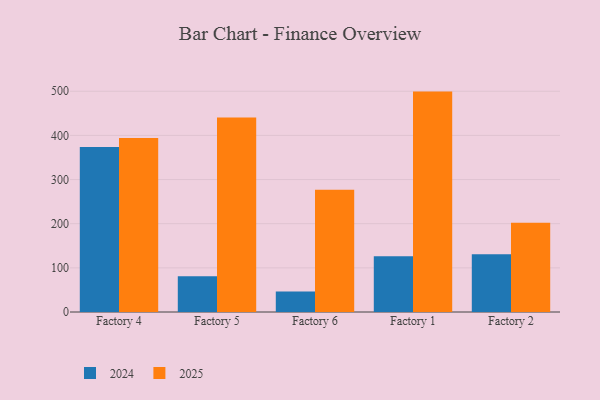
{"axis": {"x": "Factory", "y": "Revenue (USD Million)"}, "legend": ["2024", "2025"], "data": [{"x": "Factory 4", "y": 394.3, "type": "2025"}, {"x": "Factory 4", "y": 373.5, "type": "2024"}, {"x": "Factory 5", "y": 440.4, "type": "2025"}, {"x": "Factory 5", "y": 81.1, "type": "2024"}, {"x": "Factory 6", "y": 277.1, "type": "2025"}, {"x": "Factory 6", "y": 46.2, "type": "2024"}, {"x": "Factory 1", "y": 499.2, "type": "2025"}, {"x": "Factory 1", "y": 126.3, "type": "2024"}, {"x": "Factory 2", "y": 202.0, "type": "2025"}, {"x": "Factory 2", "y": 130.8, "type": "2024"}]}